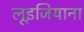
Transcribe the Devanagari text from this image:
लूइजियाना